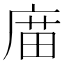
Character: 庿